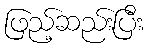
ဖြည့်ဆည်းပြီး